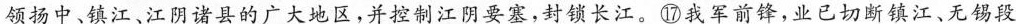
领扬中、镇江、江阴诸县的广大地区，并控制江阴要塞，封锁长江。⑩我军前锋，业已切断镇江、无锡段